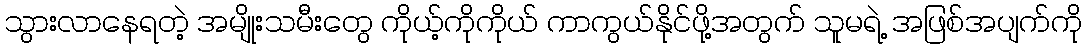
သွားလာနေရတဲ့ အမျိုးသမီးတွေ ကိုယ့်ကိုကိုယ် ကာကွယ်နိုင်ဖို့အတွက် သူမရဲ့ အဖြစ်အပျက်ကို